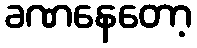
ခဏနေတော့